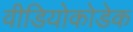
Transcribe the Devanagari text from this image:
वीडियोकोडेक